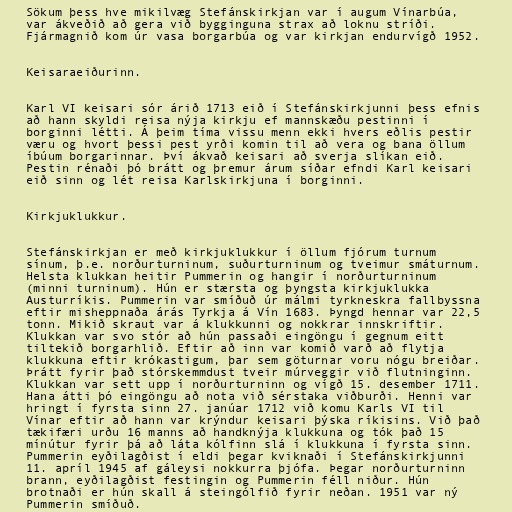
Sökum þess hve mikilvæg Stefánskirkjan var í augum Vínarbúa,
var ákveðið að gera við bygginguna strax að loknu stríði.
Fjármagnið kom úr vasa borgarbúa og var kirkjan endurvígð 1952.

Keisaraeiðurinn.

Karl VI keisari sór árið 1713 eið í Stefánskirkjunni þess efnis
að hann skyldi reisa nýja kirkju ef mannskæðu pestinni í
borginni létti. Á þeim tíma vissu menn ekki hvers eðlis pestir
væru og hvort þessi pest yrði komin til að vera og bana öllum
íbúum borgarinnar. Því ákvað keisari að sverja slíkan eið.
Pestin rénaði þó brátt og þremur árum síðar efndi Karl keisari
eið sinn og lét reisa Karlskirkjuna í borginni.

Kirkjuklukkur.

Stefánskirkjan er með kirkjuklukkur í öllum fjórum turnum
sínum, þ.e. norðurturninum, suðurturninum og tveimur smáturnum.
Helsta klukkan heitir Pummerin og hangir í norðurturninum
(minni turninum). Hún er stærsta og þyngsta kirkjuklukka
Austurríkis. Pummerin var smíðuð úr málmi tyrkneskra fallbyssna
eftir misheppnaða árás Tyrkja á Vín 1683. Þyngd hennar var 22,5
tonn. Mikið skraut var á klukkunni og nokkrar innskriftir.
Klukkan var svo stór að hún passaði eingöngu í gegnum eitt
tiltekið borgarhlið. Eftir að inn var komið varð að flytja
klukkuna eftir krókastigum, þar sem göturnar voru nógu breiðar.
Þrátt fyrir það stórskemmdust tveir múrveggir við flutninginn.
Klukkan var sett upp í norðurturninn og vígð 15. desember 1711.
Hana átti þó eingöngu að nota við sérstaka viðburði. Henni var
hringt í fyrsta sinn 27. janúar 1712 við komu Karls VI til
Vínar eftir að hann var krýndur keisari þýska ríkisins. Við það
tækifæri urðu 16 manns að handknýja klukkuna og tók það 15
mínútur fyrir þá að láta kólfinn slá í klukkuna í fyrsta sinn.
Pummerin eyðilagðist í eldi þegar kviknaði í Stefánskirkjunni
11. apríl 1945 af gáleysi nokkurra þjófa. Þegar norðurturninn
brann, eyðilagðist festingin og Pummerin féll niður. Hún
brotnaði er hún skall á steingólfið fyrir neðan. 1951 var ný
Pummerin smíðuð.